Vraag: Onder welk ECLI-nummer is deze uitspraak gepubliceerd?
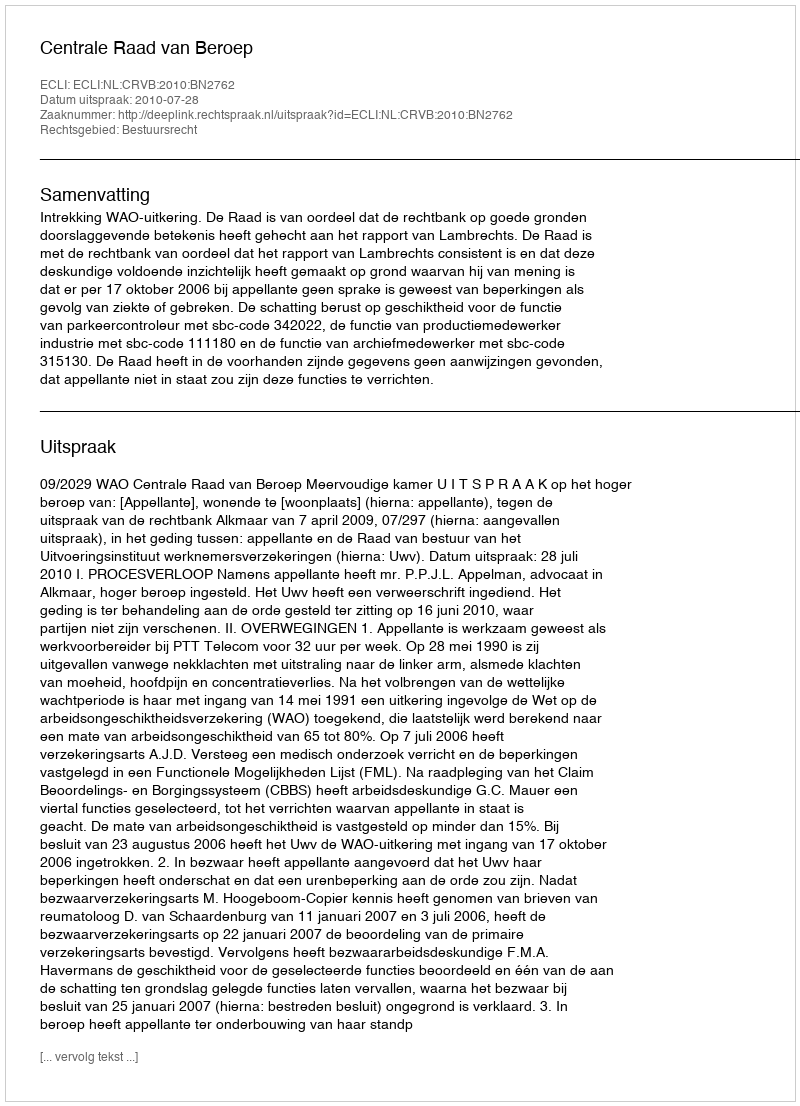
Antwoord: ECLI:NL:CRVB:2010:BN2762